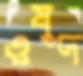
ওষুদ